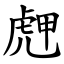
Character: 䖖